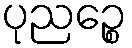
ပုညဉ္စေ